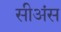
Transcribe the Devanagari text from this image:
सीअंस